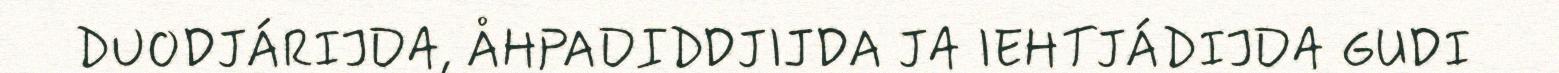
DUODJÁRIJDA, ÅHPADIDDJIJDA JA IEHTJÁDIJDA GUDI